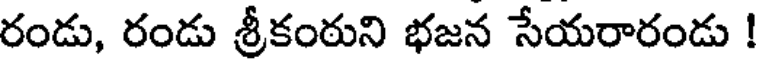
రండు, రండు శ్రీకంరుని భజన సేయరారండు !